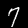
Digit: 7